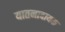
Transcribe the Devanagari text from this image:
यातनादायक